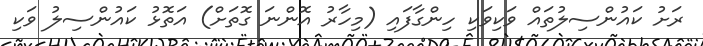
ރަށު ކައުންސިލުތައް ވަކިވަކި ހިންގާފައި (މިހާރު އޮންނަ ގޮތަށް) އަތޮޅު ކައުންސިލު ވަކި